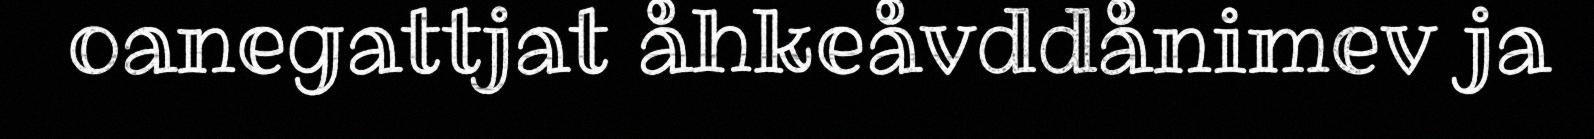
oanegattjat åhkeåvddånimev ja